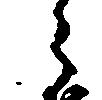
郎